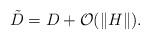
LaTeX: \begin{align*} \tilde{D}=D+\mathcal{O}(\|H\|).\end{align*}